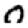
Digit: 0